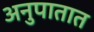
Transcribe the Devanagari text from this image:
अनुपातात